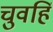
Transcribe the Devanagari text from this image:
चुवहिं